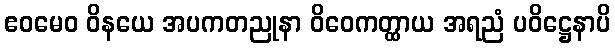
ဧဝမေဝ ဝိနယေ အပကတညုနာ ဝိဝေကတ္ထာယ အရညံ ပဝိဋ္ဌေနာပိ